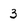
Character: 3